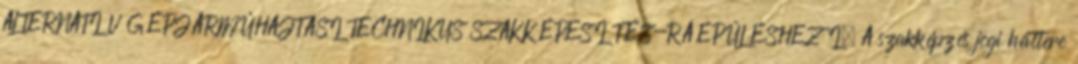
ALTERNATÍV GÉPJÁRMŰHAJTÁSI TECHNIKUS SZAKKÉPESÍTÉS-RÁÉPÜLÉSHEZ I. A szakképzés jogi háttere